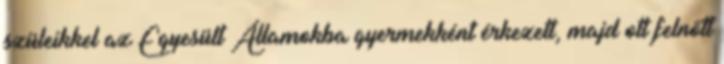
szüleikkel az Egyesült Államokba gyermekként érkezett, majd ott felnőtt